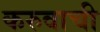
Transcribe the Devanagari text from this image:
करुवाची